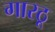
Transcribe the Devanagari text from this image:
गारठू